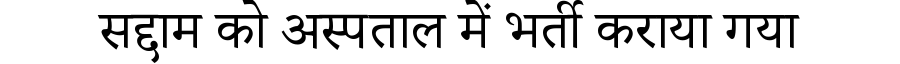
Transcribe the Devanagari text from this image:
सद्दाम को अस्पताल में भर्ती कराया गया